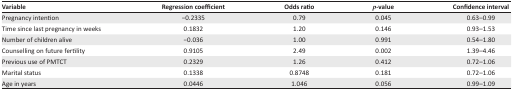
<table><thead><tr><td><b>Variable</b></td><td><b>Regression coefficient</b></td><td><b>Odds ratio</b></td><td><b><i>p</i>-value</b></td><td><b>Confidence interval</b></td></tr></thead><tbody><tr><td>Pregnancy intention</td><td>−0.2335</td><td>0.79</td><td>0.045</td><td>0.63–0.99</td></tr><tr><td>Time since last pregnancy in weeks</td><td>0.1832</td><td>1.20</td><td>0.146</td><td>0.93–1.53</td></tr><tr><td>Number of children alive</td><td>−0.036</td><td>1.00</td><td>0.991</td><td>0.54–1.80</td></tr><tr><td>Counselling on future fertility</td><td>0.9105</td><td>2.49</td><td>0.002</td><td>1.39–4.46</td></tr><tr><td>Previous use of PMTCT</td><td>0.2329</td><td>1.26</td><td>0.412</td><td>0.72–1.06</td></tr><tr><td>Marital status</td><td>0.1338</td><td>0.8748</td><td>0.181</td><td>0.72–1.06</td></tr><tr><td>Age in years</td><td>0.0446</td><td>1.046</td><td>0.056</td><td>0.99–1.09</td></tr></tbody></table>